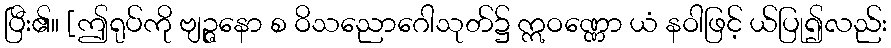
ပြီး၏။ [ဤရုပ်ကို ဗျဉ္ဇနော စ ဝိသညောဂေါသုတ်၌ ဣဝဏ္ဏော ယံ နဝါဖြင့် ယ်ပြု၍လည်း